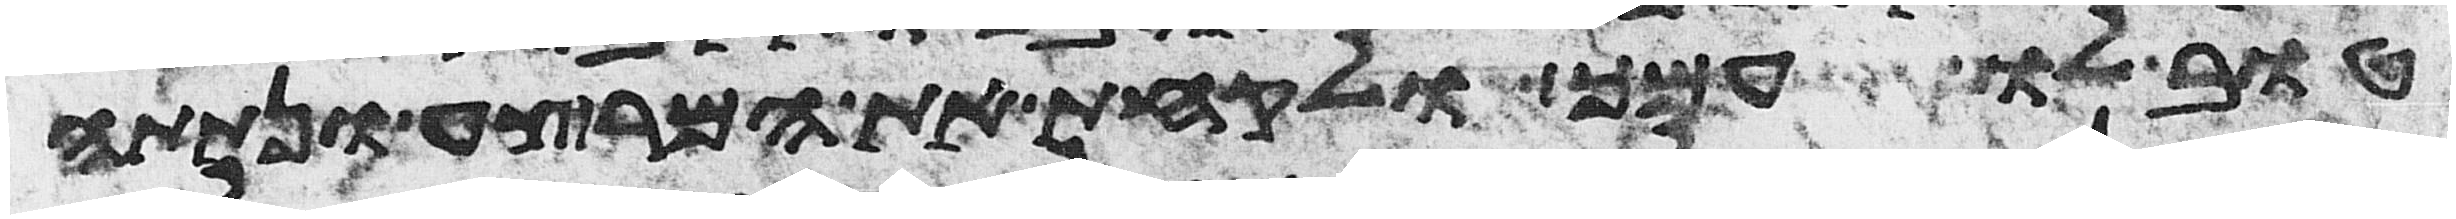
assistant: טוב לו עמך ולקחת את המרצע ונתתה